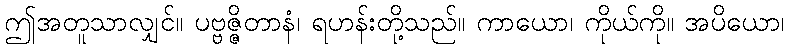
ဤအတူသာလျှင်။ ပဗ္ဗဇ္ဇိတာနံ၊ ရဟန်းတို့သည်။ ကာယော၊ ကိုယ်ကို။ အပိယော၊